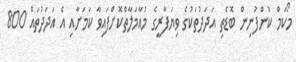
މޯކަމް ކުންފުނިން ބޮޑެތި އަދަދުތަކުގެ ވިޔަފާރީގެ މުއާމަލާތްކޮށްފައިވާ ކަމަށާއި އެ އަދަދުތައް 800